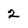
Character: 2